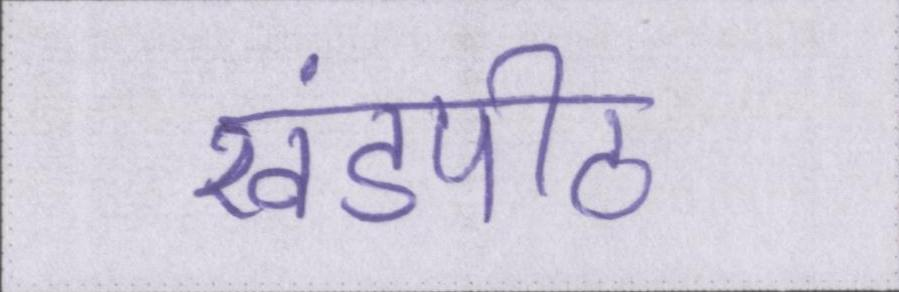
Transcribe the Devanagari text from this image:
खंडपीठ